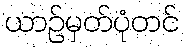
ယာဉ်မှတ်ပုံတင်